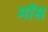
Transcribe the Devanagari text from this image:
माॅस